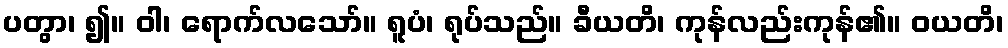
ပတွာ၊ ၍။ ဝါ၊ ရောက်လသော်။ ရူပံ၊ ရုပ်သည်။ ခီယတိ၊ ကုန်လည်းကုန်၏။ ဝယတိ၊